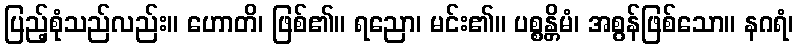
ပြည့်စုံသည်လည်း။ ဟောတိ၊ ဖြစ်၏။ ရညော၊ မင်း၏။ ပစ္စန္တိမံ၊ အစွန်ဖြစ်သော။ နဂရံ၊